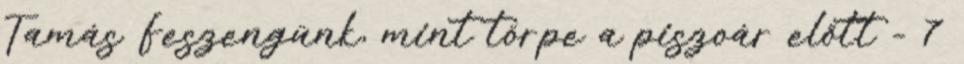
Tamás Feszengünk, mint törpe a piszoár előtt - 7